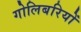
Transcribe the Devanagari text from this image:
गोलिबरियों